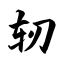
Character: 轫